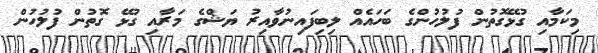
މިކަމާއި ގުޅޭގޮތުން ފުލުހުންގެ ބަހައެއް ލިބިފައިނުވާއިރު ޔަޝްގެ މަރާއި ގުޅޭ ގޮތުން ފުލުހުން